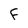
Character: F